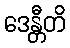
ဒေန္တီတိ